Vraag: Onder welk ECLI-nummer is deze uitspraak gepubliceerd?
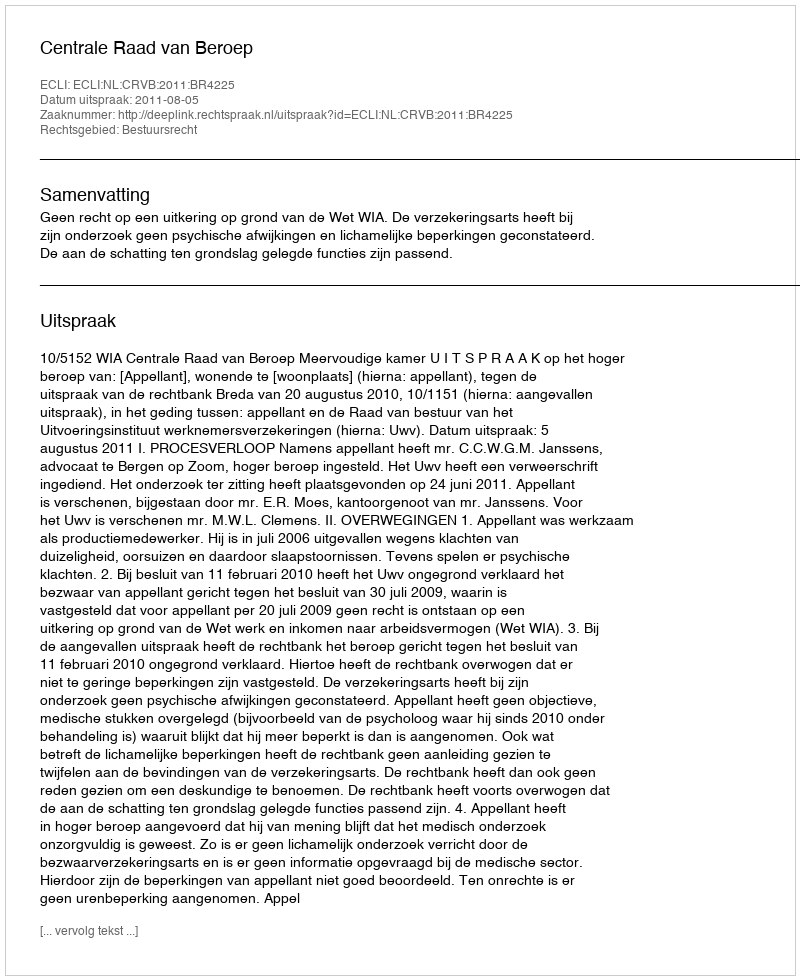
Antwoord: ECLI:NL:CRVB:2011:BR4225